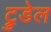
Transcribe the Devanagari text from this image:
ट्रुडेल